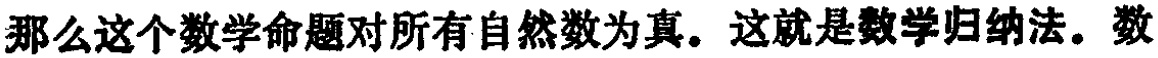
那么这个数学命题对所有自然数为真。这就是数学归纳法。数